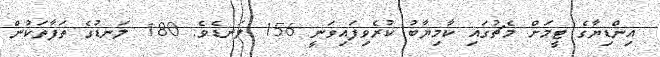
އިންޑިޔާގެ ޓީމަށް މެޗުގައި ކާމިޔާބު ކުރެވިފައިވަނީ 156 ލަނޑެވެ. 180 ލަނޑުގެ ތަފާތަކުން